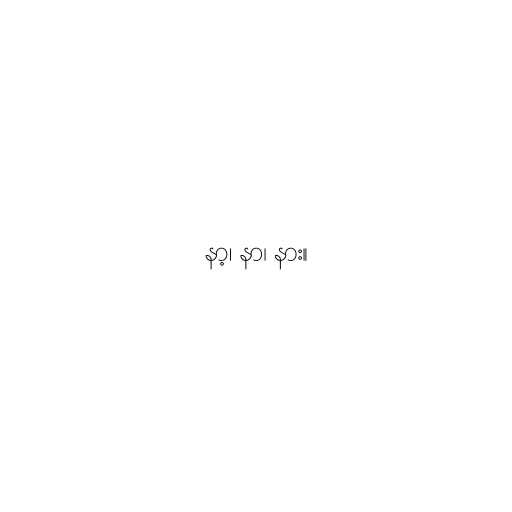
နာ့၊ နာ၊ နား။